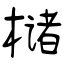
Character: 槠